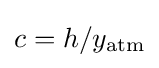
c=h/y_{\mathrm {atm} }